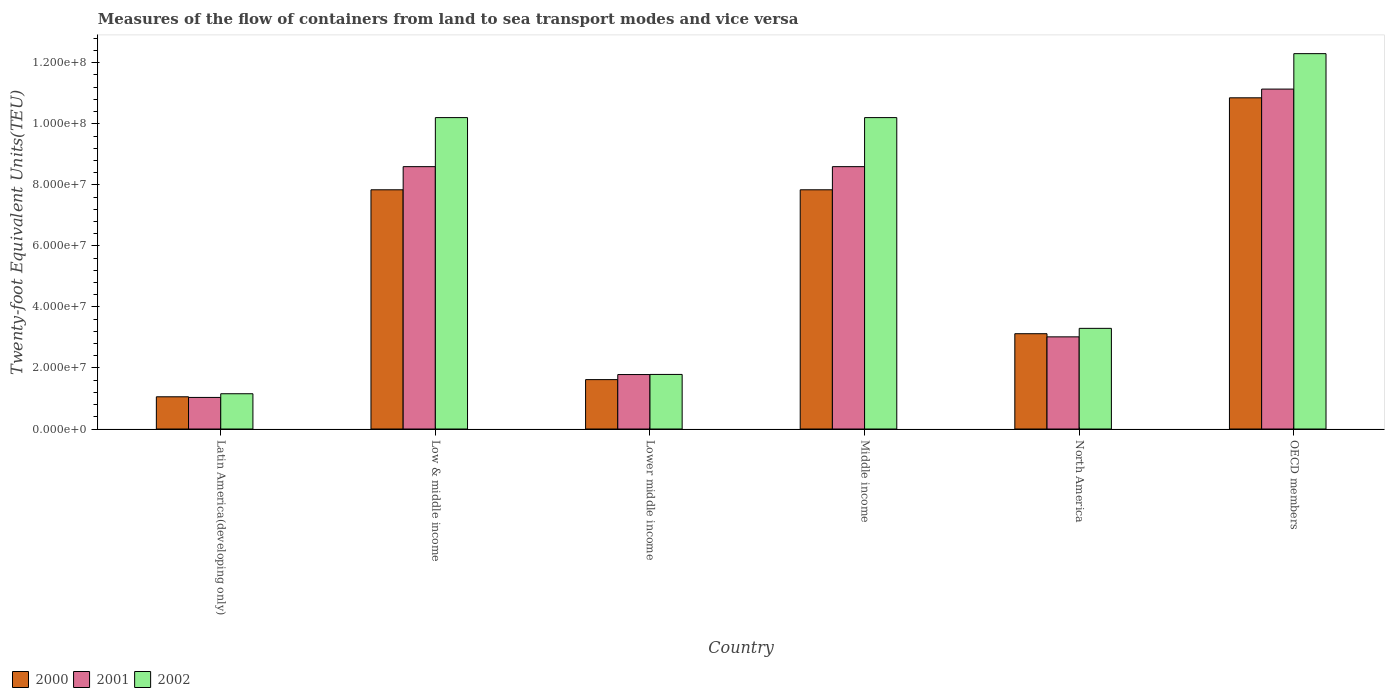
| Country | 2000 | 2001 | 2002 |
 | --- | --- | --- | --- |
 | Latin America(developing only) | 1.06e+07 | 1.04e+07 | 1.16e+07 |
 | Low & middle income | 7.84e+07 | 8.6e+07 | 1.02e+08 |
 | Lower middle income | 1.62e+07 | 1.78e+07 | 1.79e+07 |
 | Middle income | 7.84e+07 | 8.6e+07 | 1.02e+08 |
 | North America | 3.12e+07 | 3.02e+07 | 3.3e+07 |
 | OECD members | 1.09e+08 | 1.11e+08 | 1.23e+08 |